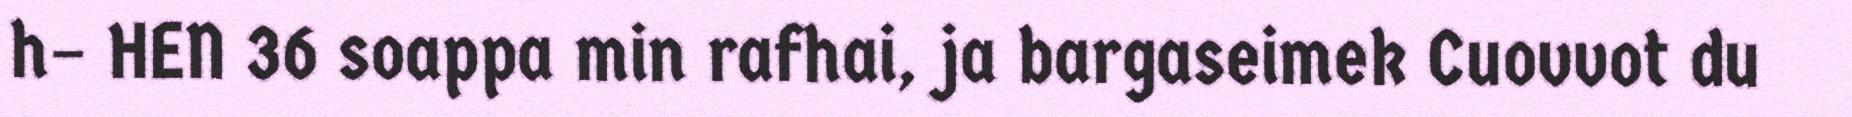
h– HEN 36 soappa min rafhai, ja bargaseimek Cuovvot du